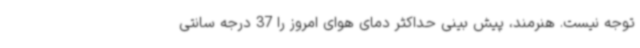
توجه نیست. هنرمند، پیش بینی حداکثر دمای هوای امروز را 37 درجه سانتی